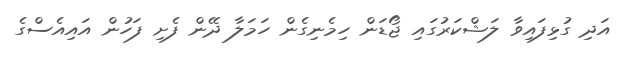
އަދި ގުޅިފައިވާ ލަޝްކަރުގައި ޖޯޑަން ހިމެނިގެން ހަމަލާ ދޭން ފެށި ފަހުން އައިއެސްގެ